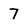
Character: 7